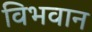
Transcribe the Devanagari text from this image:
विभवान